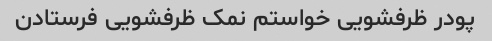
پودر ظرفشویی خواستم نمک ظرفشویی فرستادن